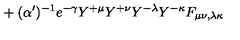
{ } + ( \alpha ^ { \prime } ) ^ { - 1 } e ^ { - \gamma } Y ^ { + \mu } Y ^ { + \nu } Y ^ { - \lambda } Y ^ { - \kappa } F _ { \mu \nu , \lambda \kappa }